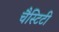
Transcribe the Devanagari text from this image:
चैस्टिटी